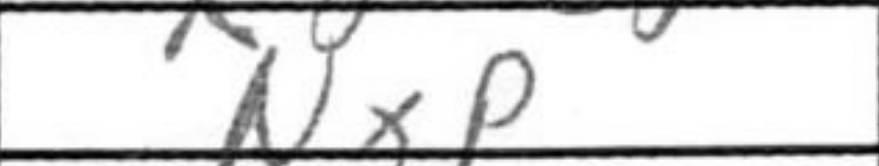
Transcription: NxP